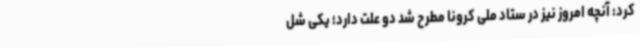
کرد: آنچه امروز نیز در ستاد ملی کرونا مطرح شد دو علت دارد؛ یکی شل